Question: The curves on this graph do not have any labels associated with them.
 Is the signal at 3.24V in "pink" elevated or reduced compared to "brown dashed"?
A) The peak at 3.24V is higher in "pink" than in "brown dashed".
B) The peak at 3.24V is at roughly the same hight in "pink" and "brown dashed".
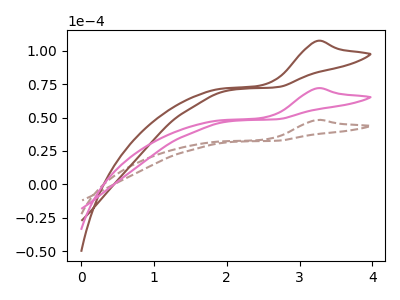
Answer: <think>The brown dashed curve "brown dashed" has an anodic peak at: (3.25V, 48.25uA). The brown curve "brown" has an anodic peak at: (3.25V, 144.00uA). The pink curve "pink" has an anodic peak at: (3.25V, 72.00uA).</think>
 <answer>A) The peak at 3.24V is higher in "pink" than in "brown dashed".</answer>
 <eval>A</eval>